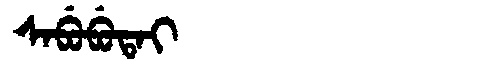
Manchu: ᠰᠠᠪᡠᠪᡠᡨᠠᡳ
Romanization: SABUBUTAI